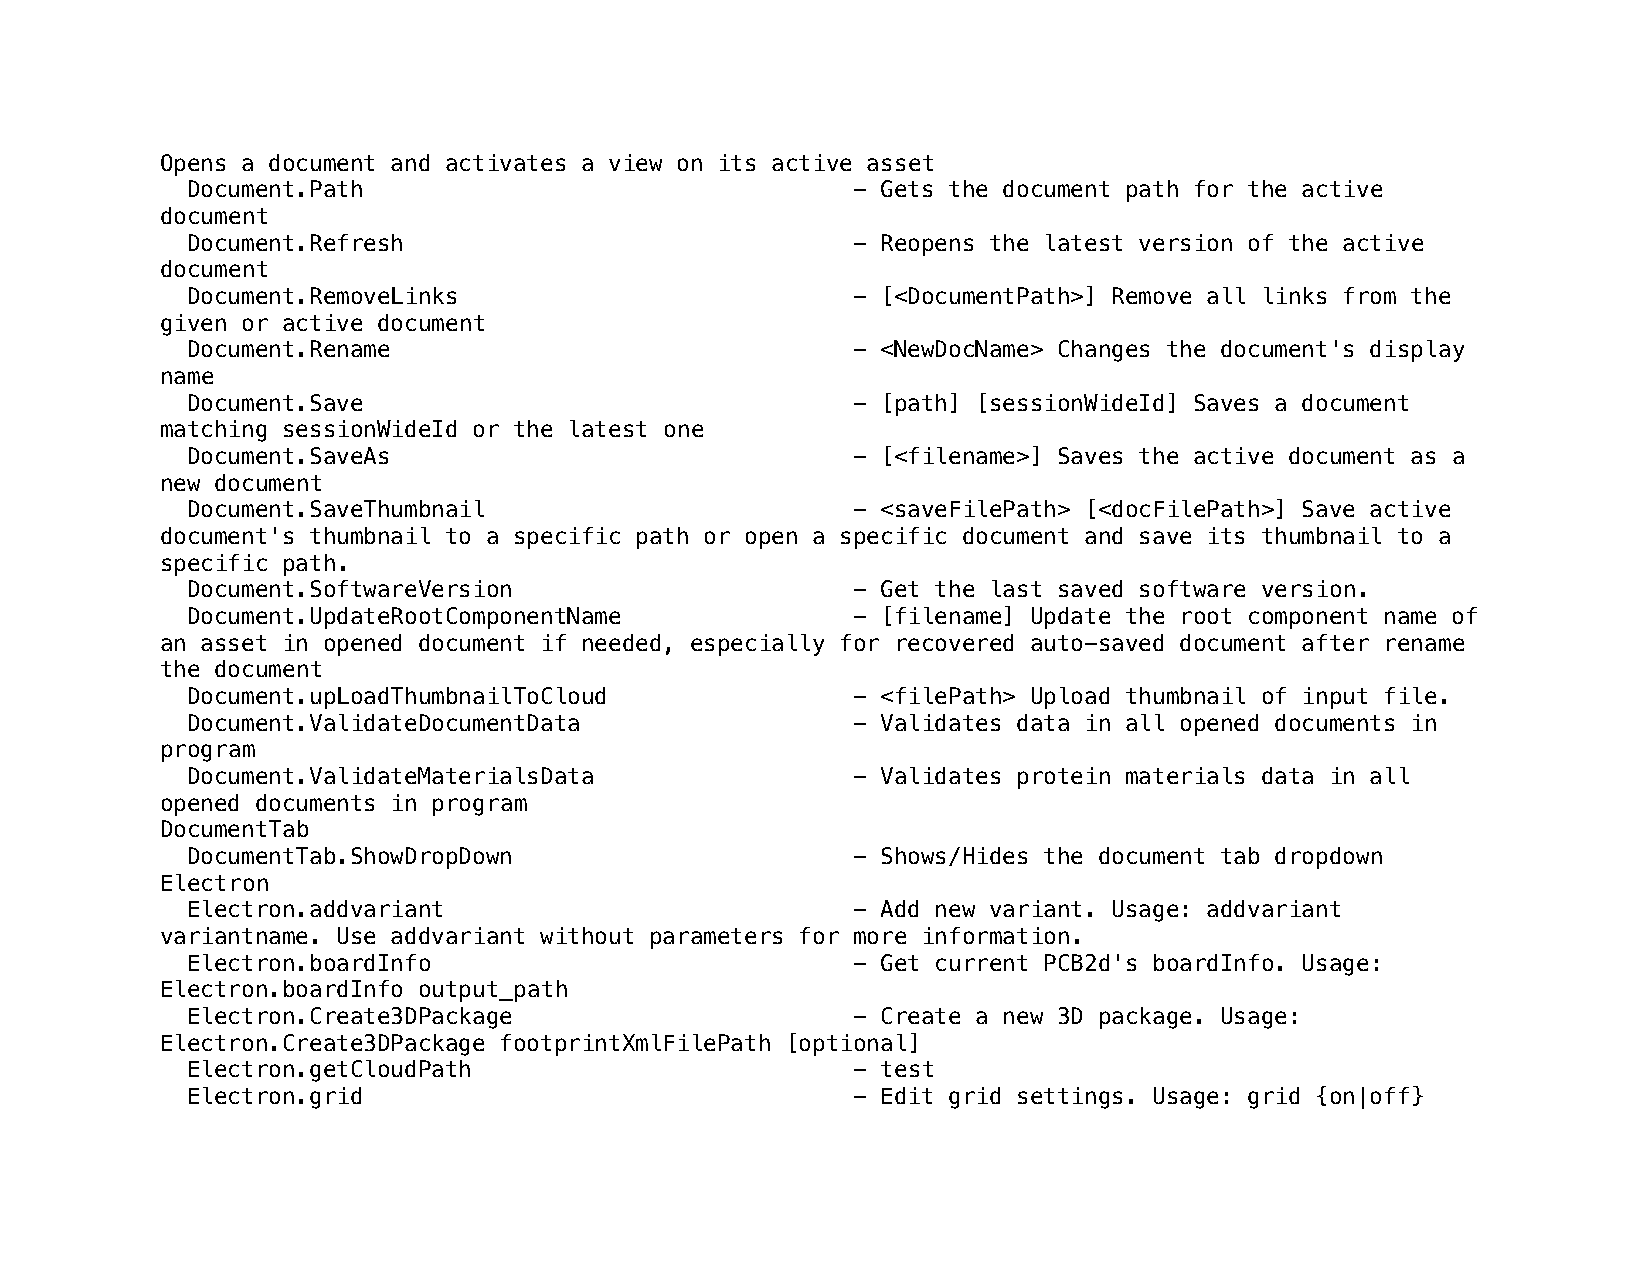
Opens a document and activates a view on its active asset
 Document.Path                               - Gets the document path for the active
 document
 Document.Refresh                            - Reopens the latest version of the active
 document
 Document.RemoveLinks                        - [<DocumentPath>] Remove all links from the
 given or active document
 Document.Rename                             - <NewDocName> Changes the document's display
 name
 Document.Save                               - [path] [sessionWideId] Saves a document
 matching sessionWideId or the latest one
 Document.SaveAs                             - [<filename>] Saves the active document as a
 new document
 Document.SaveThumbnail                      - <saveFilePath> [<docFilePath>] Save active
 document's thumbnail to a specific path or open a specific document and save its thumbnail to a
 specific path.
 Document.SoftwareVersion                    - Get the last saved software version.
 Document.UpdateRootComponentName            - [filename] Update the root component name of
 an asset in opened document if needed, especially for recovered auto-saved document after rename
 the document
 Document.upLoadThumbnailToCloud             - <filePath> Upload thumbnail of input file.
 Document.ValidateDocumentData               - Validates data in all opened documents in
 program
 Document.ValidateMaterialsData              - Validates protein materials data in all
 opened documents in program
 DocumentTab
 DocumentTab.ShowDropDown                    - Shows/Hides the document tab dropdown
 Electron
 Electron.addvariant                         - Add new variant. Usage: addvariant
 variantname. Use addvariant without parameters for more information.
 Electron.boardInfo                          - Get current PCB2d's boardInfo. Usage:
 Electron.boardInfo output_path
 Electron.Create3DPackage                    - Create a new 3D package. Usage:
 Electron.Create3DPackage footprintXmlFilePath [optional]
 Electron.getCloudPath                       - test
 Electron.grid                               - Edit grid settings. Usage: grid {on|off}